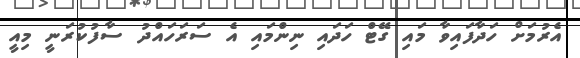
އެރުމަށް ހަދާފައިވާ މައި ގޭޓް ހަދައި ނިންމައި އެ ސަރަހައްދު ސާފުކުރަނީ މިއީ